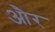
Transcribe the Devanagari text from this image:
और